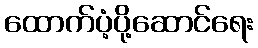
ထောက်ပံ့ပို့ဆောင်ရေး